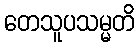
တေသူပသမ္မတိ